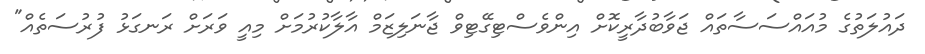
ދައުލަތުގެ މުއައްސަސާތައް ޖަވާބުދާރީކޮށް އިންވެސްޓިގޭޓިވް ޖާނަލިޒަމް އާލާކުރުމަށް މިއީ ވަރަށް ރަނގަޅު ފުރުސަތެއް"